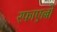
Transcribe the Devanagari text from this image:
रफाएल्लो